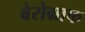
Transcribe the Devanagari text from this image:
बेरोग्राफ